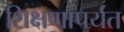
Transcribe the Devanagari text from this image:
शिक्षणापर्यंत